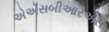
એએસબીઆરએસ